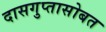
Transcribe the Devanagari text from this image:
दासगुप्तासोबत